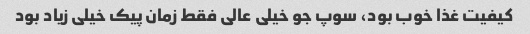
کیفیت غذا خوب بود، سوپ جو خیلی عالی فقط زمان پیک خیلی زیاد بود